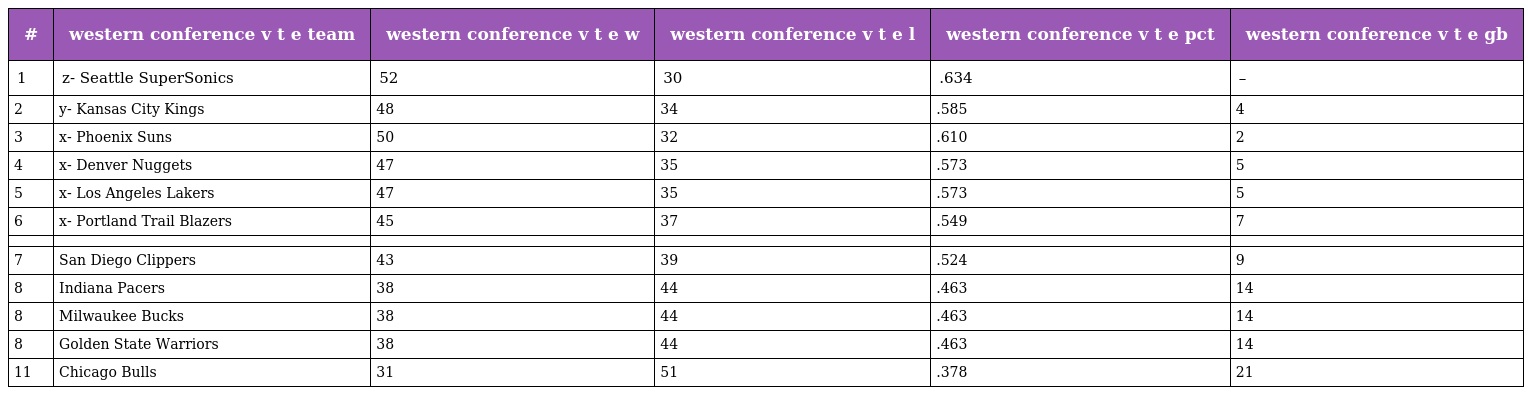
| # | western conference v t e team | western conference v t e w | western conference v t e l | western conference v t e pct | western conference v t e gb |
 | --- | --- | --- | --- | --- | --- |
 | 1 | z- Seattle SuperSonics | 52 | 30 | .634 | – |
 | 2 | y- Kansas City Kings | 48 | 34 | .585 | 4 |
 | 3 | x- Phoenix Suns | 50 | 32 | .610 | 2 |
 | 4 | x- Denver Nuggets | 47 | 35 | .573 | 5 |
 | 5 | x- Los Angeles Lakers | 47 | 35 | .573 | 5 |
 | 6 | x- Portland Trail Blazers | 45 | 37 | .549 | 7 |
 |  |  |  |  |  |  |
 | 7 | San Diego Clippers | 43 | 39 | .524 | 9 |
 | 8 | Indiana Pacers | 38 | 44 | .463 | 14 |
 | 8 | Milwaukee Bucks | 38 | 44 | .463 | 14 |
 | 8 | Golden State Warriors | 38 | 44 | .463 | 14 |
 | 11 | Chicago Bulls | 31 | 51 | .378 | 21 |